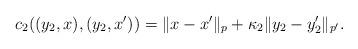
LaTeX: \begin{align*}c_2((y_2, x), (y_2, x')) = \| x - x' \|_{p} + \kappa_2 \| y_2 - y_2' \|_{p'}.\end{align*}